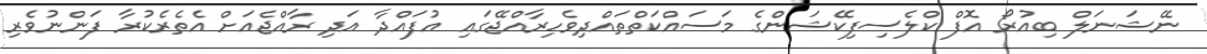
ނޭޝަނަލް ބިއުރޯ އޮފް ކްލެސިފިކޭޝަންގެ މަސައްކަތްތައްދިވެހިރާއްޖޭގައި އުފައްދާ އަދި ރާއްޖެއަށް އެތެރެކުރާ ފަންނުވެރި